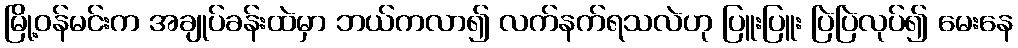
မြို့ဝန်မင်းက အချုပ်ခန်းထဲမှာ ဘယ်ကလာ၍ လက်နက်ရသလဲဟု ပြူးပြူး ပြဲပြဲလုပ်၍ မေးနေ